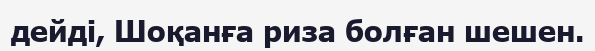
дейді, Шоқанға риза болған шешен.